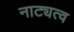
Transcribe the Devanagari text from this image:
नाट्यत्व